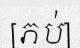
[ភប់]